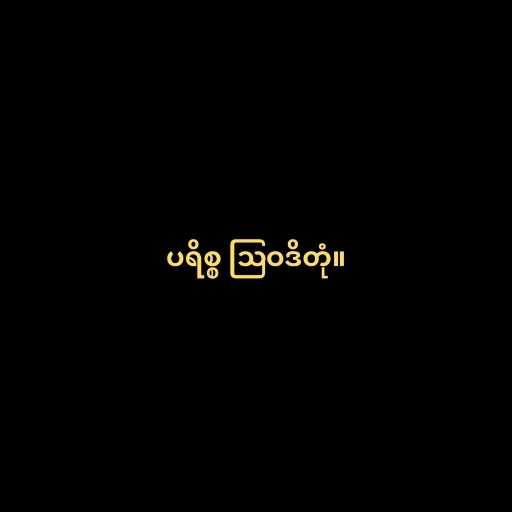
ပရိစ္စ ဩဝဒိတုံ။